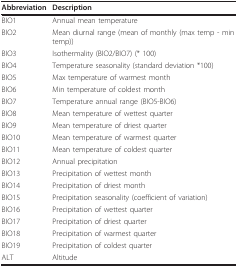
| Abbreviation | Description |
 | --- | --- |
 | BIO1 | Annual mean temperature |
 | BIO2 | Mean diurnal range (mean of monthly (max temp - min temp)) |
 | BIO3 | Isothermality (BIO2/BIO7) (* 100) |
 | BIO4 | Temperature seasonality (standard deviation *100) |
 | BIO5 | Max temperature of warmest month |
 | BIO6 | Min temperature of coldest month |
 | BIO7 | Temperature annual range (BIO5-BIO6) |
 | BIO8 | Mean temperature of wettest quarter |
 | BIO9 | Mean temperature of driest quarter |
 | BIO10 | Mean temperature of warmest quarter |
 | BIO11 | Mean temperature of coldest quarter |
 | BIO12 | Annual precipitation |
 | BIO13 | Precipitation of wettest month |
 | BIO14 | Precipitation of driest month |
 | BIO15 | Precipitation seasonality (coefficient of variation) |
 | BIO16 | Precipitation of wettest quarter |
 | BIO17 | Precipitation of driest quarter |
 | BIO18 | Precipitation of warmest quarter |
 | BIO19 | Precipitation of coldest quarter |
 | ALT | Altitude |